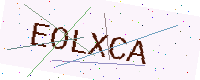
Text: EOLXCA